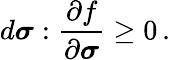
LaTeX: d{\boldsymbol{\sigma}}:{\frac{\partial f}{\partial{\boldsymbol{\sigma}}}}\geq 0\, .